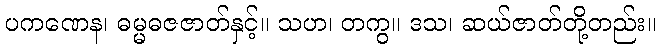
ပကဏေန၊ ဓမ္မဓဇဇာတ်နှင့်။ သဟ၊ တကွ။ ဒသ၊ ဆယ်ဇာတ်တို့တည်း။